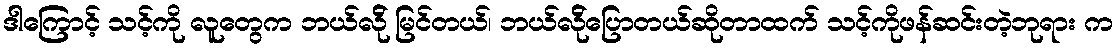
ဒါကြောင့် သင့်ကို လူတွေက ဘယ်လ်ို မြင်တယ်၊ ဘယ်လ်ိုပြောတယ်ဆိုတာထက် သင့်ကိုဖန်ဆင်းတဲ့ဘုရား က